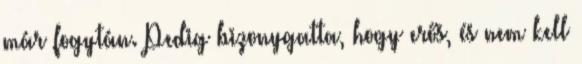
már fogytán. Pedig bizonygatta, hogy erős, és nem kell